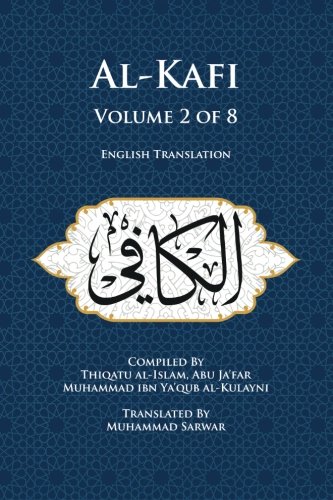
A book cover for Al-Kafi, Volume 2 of 8: English Translation; Thiqatu al-Islam, Abu ja'far Muhammad ibn Ya'qub al-Kulayni; Religion & Spirituality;